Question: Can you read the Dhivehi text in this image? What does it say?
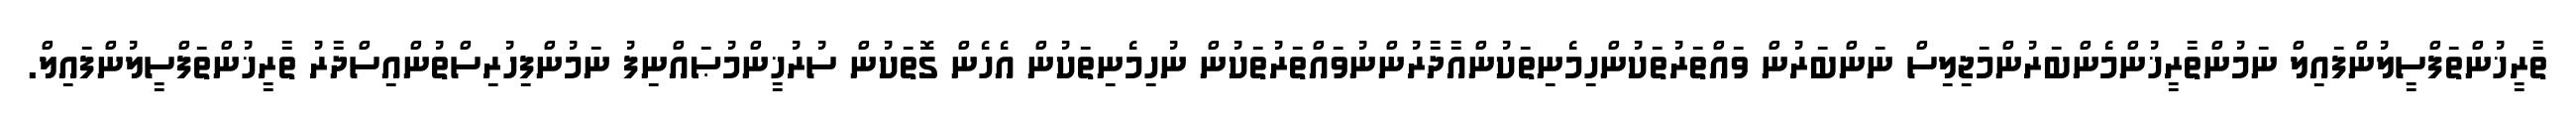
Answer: ތާރީޚުންތަފްސީލުންފައިލް ނަމުންތާރީޚުންމެންބަރުންމަޖިލިސް ނަންބަރުން ވައްތަރުތަކުންހިމެނިތަކުންއާދާރުންނުވައްތަރުތަކުން ނުހިމެނިތަކުން އެހެން ގޮތަކުން ސުރުޚީންމުޞައްނިފު ނަމުންފިހުރިސްތުންއިސްދާރު ތާރީޚުންތަފްސީލުންފައިލް.